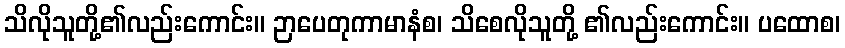
သိလိုသူတို့၏လည်းကောင်း။ ဉာပေတုကာမာနံစ၊ သိစေလိုသူတို့ ၏လည်းကောင်း။ ပထောစ၊